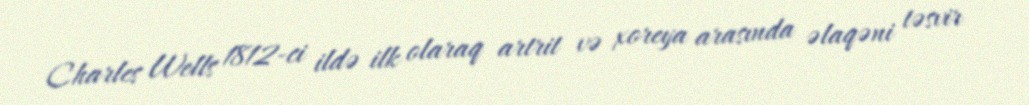
Charles Wells 1812-ci ildə ilk olaraq artrit və xoreya arasında əlaqəni təsvir